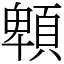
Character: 䫌